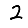
Digit: 2